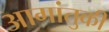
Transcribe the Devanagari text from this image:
आगांतुकी